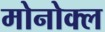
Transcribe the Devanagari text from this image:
मोनोक्ल